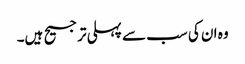
وہ ان کی سب سے پہلی ترجیح ہیں۔